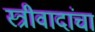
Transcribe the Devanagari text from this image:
स्त्रीवादांचा